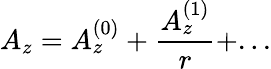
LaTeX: A_{z}=A_{z}^{(0)}+\frac{A_{z}^{(1)}}{r}+...